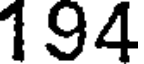
194